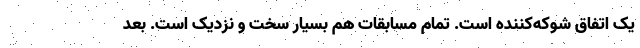
یک اتفاق شوکه‌کننده است. تمام مسابقات هم بسیار سخت و نزدیک است. بعد